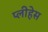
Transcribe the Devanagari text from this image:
प्लीहेस